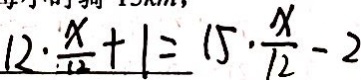
1 2 \cdot \frac { x } { 1 2 } + 1 = 1 5 \cdot \frac { x } { 1 2 } - 2